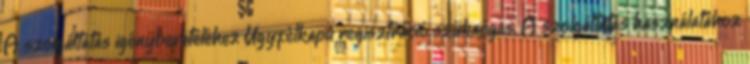
A szolgáltatás igénybevételéhez Ügyfélkapu regisztráció szükséges. A szolgáltatás használatához